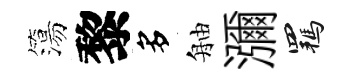
簜黎多舳瀰羈